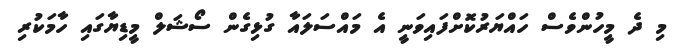
މި ދެ މީހުންވެސް ހައްޔަރުކޮށްފައިވަނީ އެ މައްސަލައާ ގުޅިގެން ސޯޝަލް މީޑިޔާގައި ހާމަކުރި